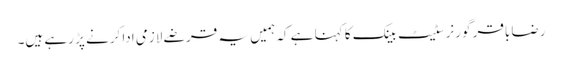
رضا باقر گورنر سٹیٹ بینک کا کہنا ہے کہ ہمیں یہ قرضے لازمی ادا کرنے پڑ رہے ہیں۔